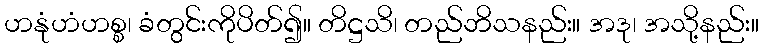
ဟနုံဟံဟစ္စ၊ ခံတွင်းကိုပိတ်၍။ တိဋ္ဌသိ၊ တည်ဘိသနည်း။ အဒု၊ အသို့နည်း။